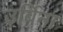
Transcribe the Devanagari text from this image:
उर्बिना